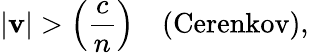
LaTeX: |{\mathbf v}|>\left({\frac{c}{n}}\right)\ \ \ \ \mathrm{(Cerenkov)},